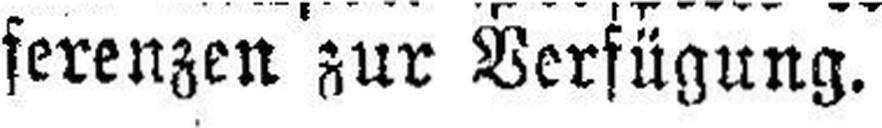
ferenzen zur Verfügung.